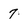
Character: 7